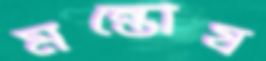
মন্তোষ